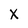
Character: X